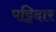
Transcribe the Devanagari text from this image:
पट्टिदार